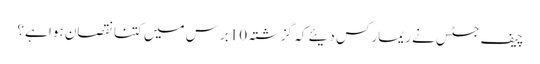
چیف جسٹس نے ریمارکس دیئے کہ گزشتہ 10برس میں کتنا نقصان ہوا ہے؟